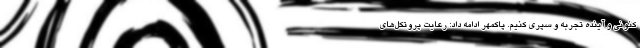
کنونی و آینده تجربه و سپری کنیم. پاکمهر ادامه داد: رعایت پروتکل‌های